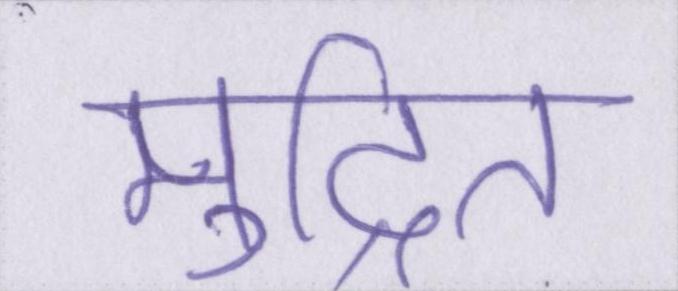
मुद्रित